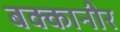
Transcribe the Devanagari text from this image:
बक्कानीर